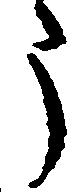
う